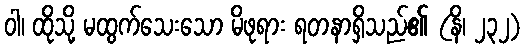
ဝါ၊ ထိုသို့ မထွက်သေးသော မိဖုရား ရတနာရှိသည်၏ (နိ၊ ၂၃၂)